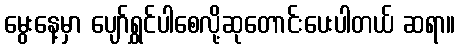
မွေးနေ့မှာ ပျော်ရွှင်ပါစေလို့ဆုတောင်းပေးပါတယ် ဆရာ။